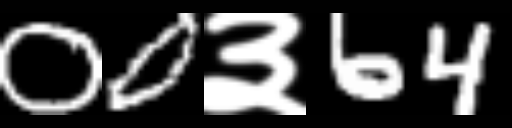
Text: 00३64